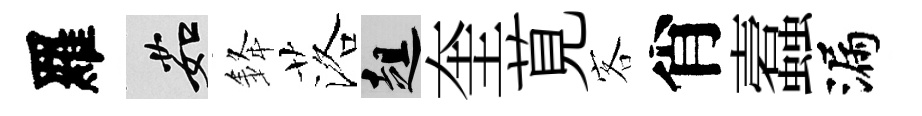
羅茹𨦟落趄奎莧客肖蠧漏